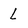
Character: l